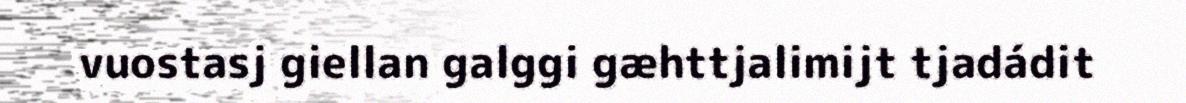
vuostasj giellan galggi gæhttjalimijt tjadádit